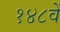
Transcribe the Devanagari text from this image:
१४८वें